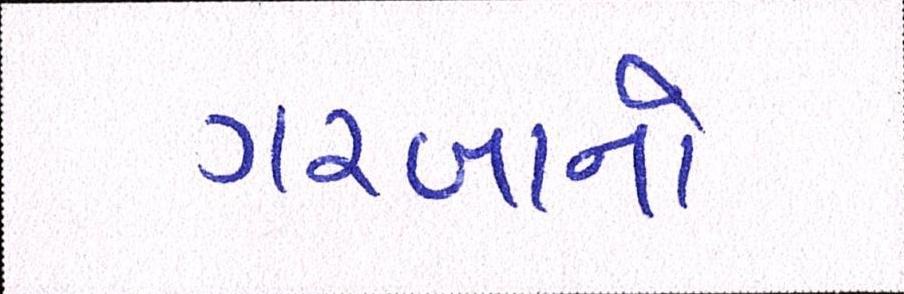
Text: ગરબાનો